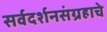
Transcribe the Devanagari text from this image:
सर्वदर्शनसंग्रहाचे